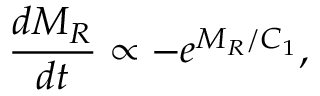
\frac { d M _ { R } } { d t } \propto - e ^ { M _ { R } / C _ { 1 } } ,